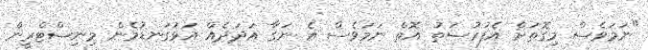
"ނަމަވެސް މިގޮތަށް އެފުރުސަތު އޮތް ނަމަވެސް އެ ނަގާ އަދަދެއް އަޅުގަނޑުމެން މިނިސްޓްރީން